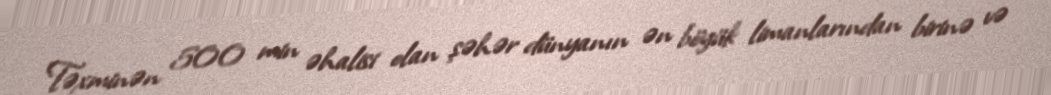
Təxminən 500 min əhalisi olan şəhər dünyanın ən böyük limanlarından birinə və